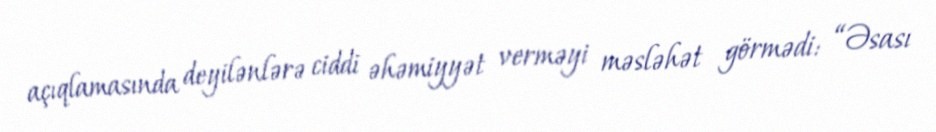
açıqlamasında deyilənlərə ciddi əhəmiyyət verməyi məsləhət görmədi: “Əsası